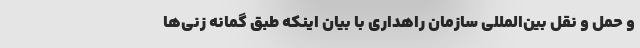
و حمل و نقل بین‌المللی سازمان راهداری با بیان اینکه طبق گمانه زنی‌ها